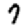
Digit: 7